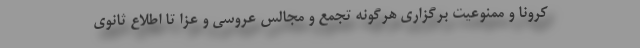
کرونا و ممنوعیت برگزاری هرگونه تجمع و مجالس عروسی و عزا تا اطلاع ثانوی